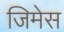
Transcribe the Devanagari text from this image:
जिमेस